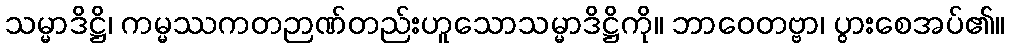
သမ္မာဒိဋ္ဌိ၊ ကမ္မဿကတဉာဏ်တည်းဟူသောသမ္မာဒိဋ္ဌိကို။ ဘာဝေတဗ္ဗာ၊ ပွားစေအပ်၏။